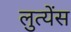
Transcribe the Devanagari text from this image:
लुत्येंस